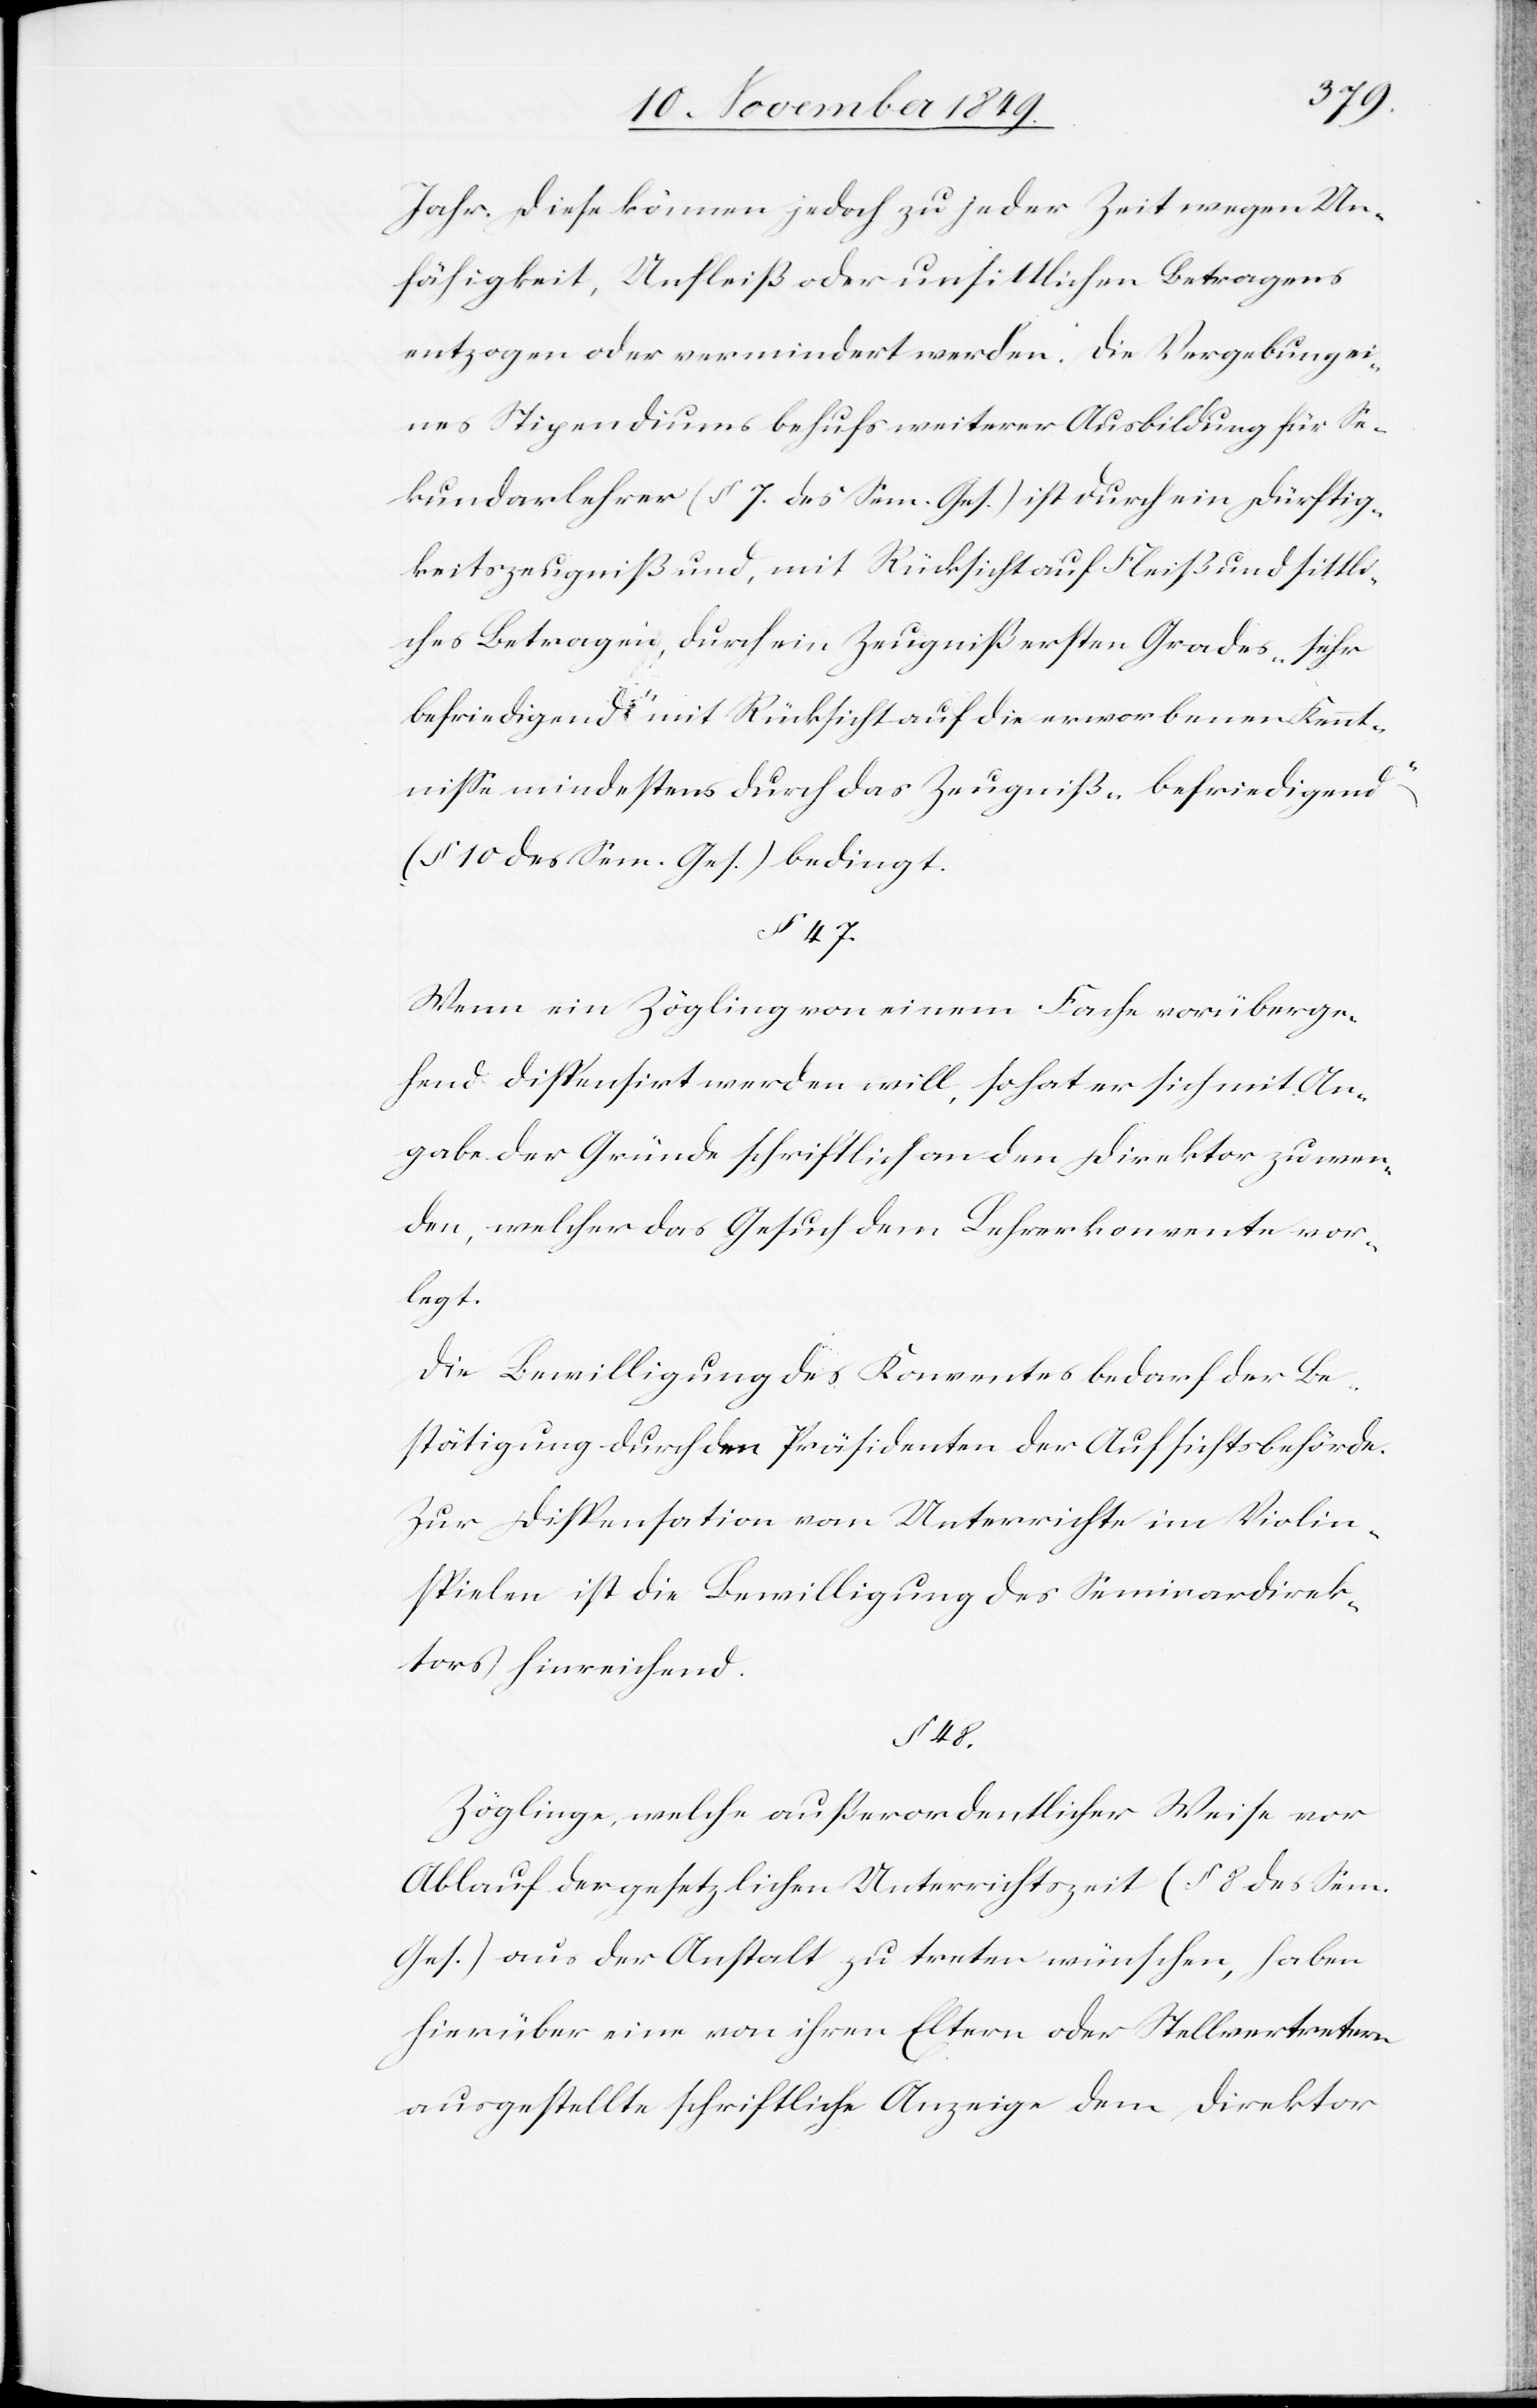
Jahr. Diese können jedoch zu jeder Zeit wegen Un¬
fähigkeit, Unfleiß oder unsittlichen Betragens
entzogen oder vermindert werden. Die Vergebung ei¬
nes Stipendiums behufs weiterer Ausbildung für Se¬
kundarlehrer (§ 7 des Sem. Ges.) ist durch ein Dürftig¬
keitszeugniß und, mit Rücksicht auf Fleiß und sittli¬
ches Betragen, durch eine Zeugniß ersten Grades „sehr
befriedigend“ mit Rücksicht auf die erworbenen Kennt¬
niße mindestens durch das Zeugniß „befriedigend“
(§ 10 des Sem. Ges.) bedingt.
§ 47.
Wenn ein Zögling von einem Fache vorüberge¬
hend dispensirt werden will, so hat er sich mit An¬
gabe der Gründe schriftlich an den Direktor zu wen¬
den, welcher das Gesuch dem Lehrerkonvent vor¬
legt.
Die Bewilligung des Konventes bedarf der Be¬
stätigung durch den Präsidenten der Aufsichtsbehörde.
Zur Dispensation vom Unterrichte im Violin¬
spielen ist die Bewilligung des Seminardirek¬
tors hinreichend.
§ 48.
Zöglinge, welche außerordentlicher Weise vor
Ablauf der gesetzlichen Unterrichtszeit (§ 8 des Sem.
Ges.) aus der Anstalt zu treten wünschen, haben
hierüber eine von ihren Eltern oder Stellvertretern
ausgestellte schriftliche Anzeige dem Direktor